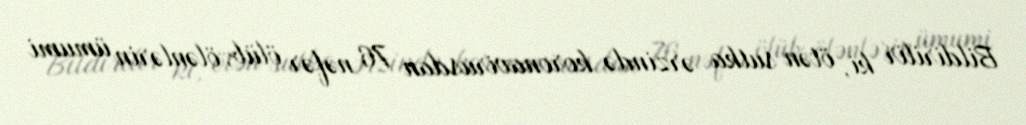
Bildirilir ki, ötən sutka ərzində koronavirusdan 76 nəfər ölüb, ölənlərin ümumi